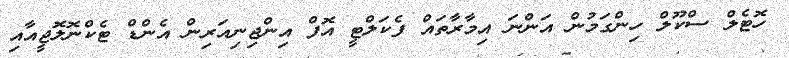
ހޮޓެލް ސްކޫލް ހިންގަމުން އަންނަ އިމާރާތައް ފެކަލްޓީ އޮފް އިންޖިނިއަރިން އެންޑް ޓެކްނޮލޮޖީއާއި